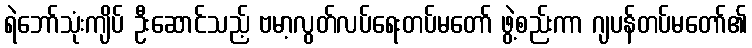
ရဲဘော်သုံးကျိပ် ဦးဆောင်သည့် ဗမာ့လွတ်လပ်ရေးတပ်မတော် ဖွဲ့စည်းကာ ဂျပန်တပ်မတော်၏